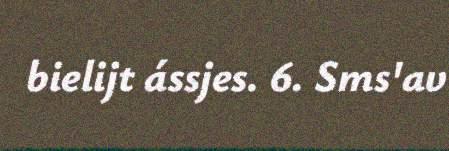
bielijt ássjes. 6. Sms'av